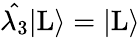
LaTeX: \hat{\lambda_{3}}|\mathrm{L}\rangle=|\mathrm{L}\rangle